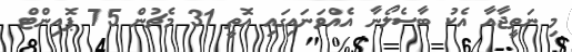
މި ނަތީޖާއާ އެކު ބާސެލޯނާ އެއްވަނައިގައި އޮތީ 31 މެޗުން 75 ޕޮއިންޓް